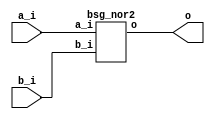
// This program was cloned from: https://github.com/chipsalliance/UHDM-integration-tests
// License: Apache License 2.0



module top
(
  a_i,
  b_i,
  o
);

  input [15:0] a_i;
  input [15:0] b_i;
  output [15:0] o;

  bsg_nor2
  wrapper
  (
    .a_i(a_i),
    .b_i(b_i),
    .o(o)
  );


endmodule



module bsg_nor2
(
  a_i,
  b_i,
  o
);

  input [15:0] a_i;
  input [15:0] b_i;
  output [15:0] o;
  wire [15:0] o;
  wire N0,N1,N2,N3,N4,N5,N6,N7,N8,N9,N10,N11,N12,N13,N14,N15;
  assign o[15] = ~N0;
  assign N0 = a_i[15] | b_i[15];
  assign o[14] = ~N1;
  assign N1 = a_i[14] | b_i[14];
  assign o[13] = ~N2;
  assign N2 = a_i[13] | b_i[13];
  assign o[12] = ~N3;
  assign N3 = a_i[12] | b_i[12];
  assign o[11] = ~N4;
  assign N4 = a_i[11] | b_i[11];
  assign o[10] = ~N5;
  assign N5 = a_i[10] | b_i[10];
  assign o[9] = ~N6;
  assign N6 = a_i[9] | b_i[9];
  assign o[8] = ~N7;
  assign N7 = a_i[8] | b_i[8];
  assign o[7] = ~N8;
  assign N8 = a_i[7] | b_i[7];
  assign o[6] = ~N9;
  assign N9 = a_i[6] | b_i[6];
  assign o[5] = ~N10;
  assign N10 = a_i[5] | b_i[5];
  assign o[4] = ~N11;
  assign N11 = a_i[4] | b_i[4];
  assign o[3] = ~N12;
  assign N12 = a_i[3] | b_i[3];
  assign o[2] = ~N13;
  assign N13 = a_i[2] | b_i[2];
  assign o[1] = ~N14;
  assign N14 = a_i[1] | b_i[1];
  assign o[0] = ~N15;
  assign N15 = a_i[0] | b_i[0];

endmodule